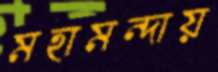
মহামন্দায়